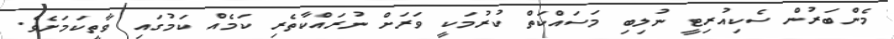
މެންބަރުން ސެކިއުރިޓީ ނުލިބި މަސައްކަތް ކުރުމަކީ ވަރަށް ނުރައްކާތެރި ކަމެއް ކަމުގައި ވާތީކަމަށެވެ.